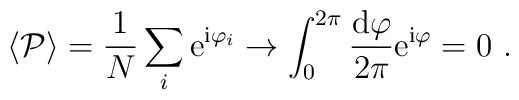
\langle {\cal P} \rangle = \frac{1}{N}\sum_i {\rm e}^{{\rm i}\varphi_i}\to \int_0^{2\pi} \frac{{\rm d}\varphi}{2\pi} {\rm e}^{{\rm i}\varphi}= 0\ .